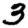
Digit: 3